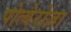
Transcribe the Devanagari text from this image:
पोत्वेरोजा